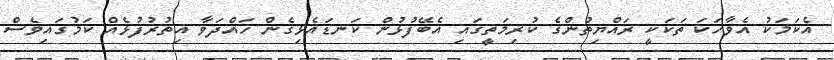
އެކަމަކު އެވާހަކަ ތަކަކީ ރައްޔިތުންގެ ކުރިމަތީގައި އެބޭފުޅުން ކަނޑައެޅިގެން ހައްދަވާ އިތުރުފުޅެއް ކަމުގައިވެސް